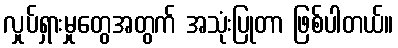
လှုပ်ရှားမှုတွေအတွက် အသုံးပြုတာ ဖြစ်ပါတယ်။